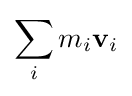
\,\!\sum _{i}m_{i}\mathbf {v} _{i}